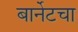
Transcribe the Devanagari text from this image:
बार्नेटचा